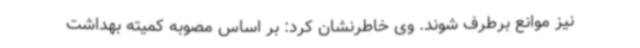
نیز موانع برطرف شوند. وی خاطرنشان کرد: بر اساس مصوبه کمیته بهداشت